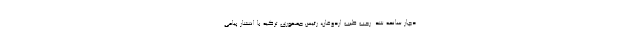
دچار سانحه شد. رجب طیب اردوغان، رئیس جمهوری ترکیه با انتشار پیامی